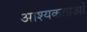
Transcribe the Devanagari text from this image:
आश्यकताओं